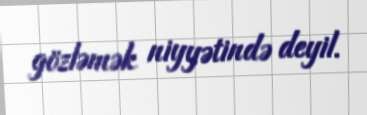
gözləmək niyyətində deyil.